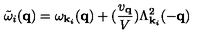
{ \tilde { \omega } } _ { i } ( { \bf { q } } ) = \omega _ { { \bf { k } } _ { i } } ( { \bf { q } } ) + ( \frac { v _ { { \bf { q } } } } { V } ) \Lambda _ { { \bf { k } } _ { i } } ^ { 2 } ( - { \bf { q } } )